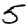
Digit: 5